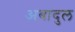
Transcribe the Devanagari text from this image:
अबादुल